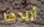
أريدها